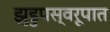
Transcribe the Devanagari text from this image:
झुडुपस्वरूपात